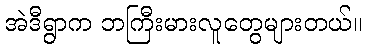
အဲဒီရွာက ဘကြီးမားလူတွေများတယ်။